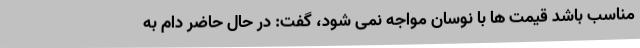
مناسب باشد قیمت ها با نوسان مواجه نمی شود، گفت: در حال حاضر دام به